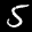
Label: 5